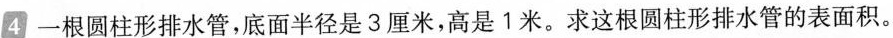
4 一根圆柱形排水管，底面半径是3厘米，高是1米。求这根圆柱形排水管的表面积。